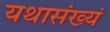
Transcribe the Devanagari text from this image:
यथासंख्यं